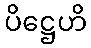
ပိဋ္ဌေဟိ